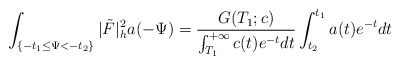
\begin{align*} \int_{\{-t_1\le\Psi<-t_2\}}|\tilde{F}|^2_ha(-\Psi)=\frac{G(T_1;c)}{\int_{T_1}^{+\infty}c(t)e^{-t}dt} \int_{t_2}^{t_1}a(t)e^{-t}dt \end{align*}